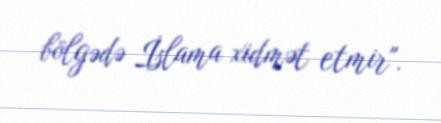
bölgədə İslama xidmət etmir".